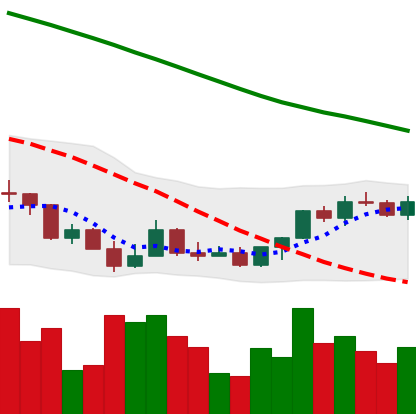
Ticker: LINK-USD
Chart end date: 2022-03-21
Forward return: 5.425%
Label: up_5_7